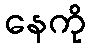
နေကို